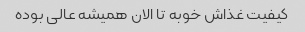
کیفیت غذاش خوبه تا الان همیشه عالی بوده